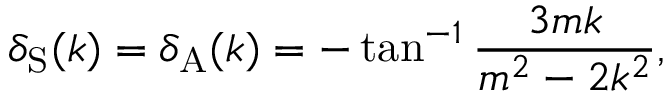
\delta _ { \mathrm { S } } ( k ) = \delta _ { \mathrm { A } } ( k ) = - \tan ^ { - 1 } \frac { 3 m k } { m ^ { 2 } - 2 k ^ { 2 } } ,